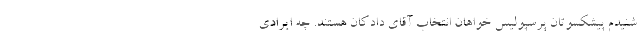
شنیدم پیشکسوتان پرسپولیس خواهان انتخاب آقای دادکان هستند. چه ایرادی